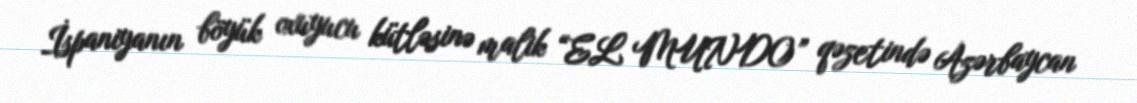
İspaniyanın böyük oxuyucu kütləsinə malik “EL MUNDO” qəzetində Azərbaycan